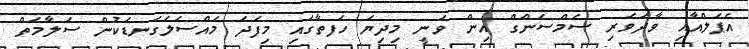
އެޕަލްއާއި ވާދަވެރި ސެމްސަންގް އިން ވަނީ މިދިޔަ ހަފތާގައި މިފަދަ މައްސަލަގަނޑަކުން ސަލާމަތް